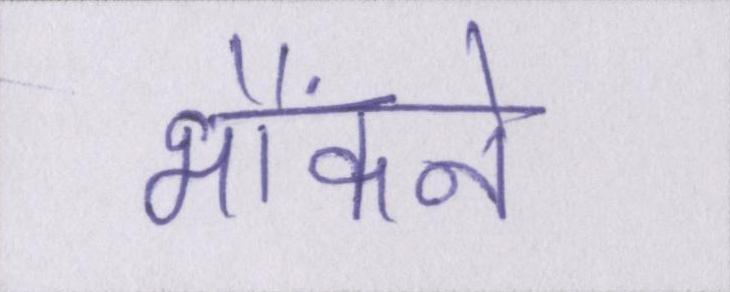
भौंकने